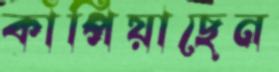
কাঁপিয়াছেন